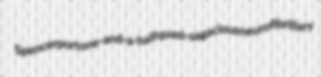
Spencerport one-and-a-half quasi-sagacious neurofibrillary